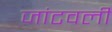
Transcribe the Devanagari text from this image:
जांटवली